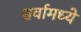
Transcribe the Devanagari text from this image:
सर्वामध्ये